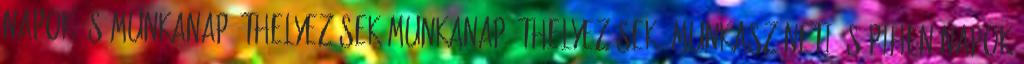
napok és munkanap áthelyezések Munkanap áthelyezések, munkaszüneti és pihenőnapok